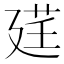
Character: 𫸓